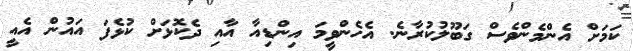
ކަމަށް އެންމެންވެސް ގަބޫލުކުރާނެ. އެހެންވީމަ އިންޑިއާ އާއި ދެކޮޅަށް ކުޅެފަ އައުން އެއީ